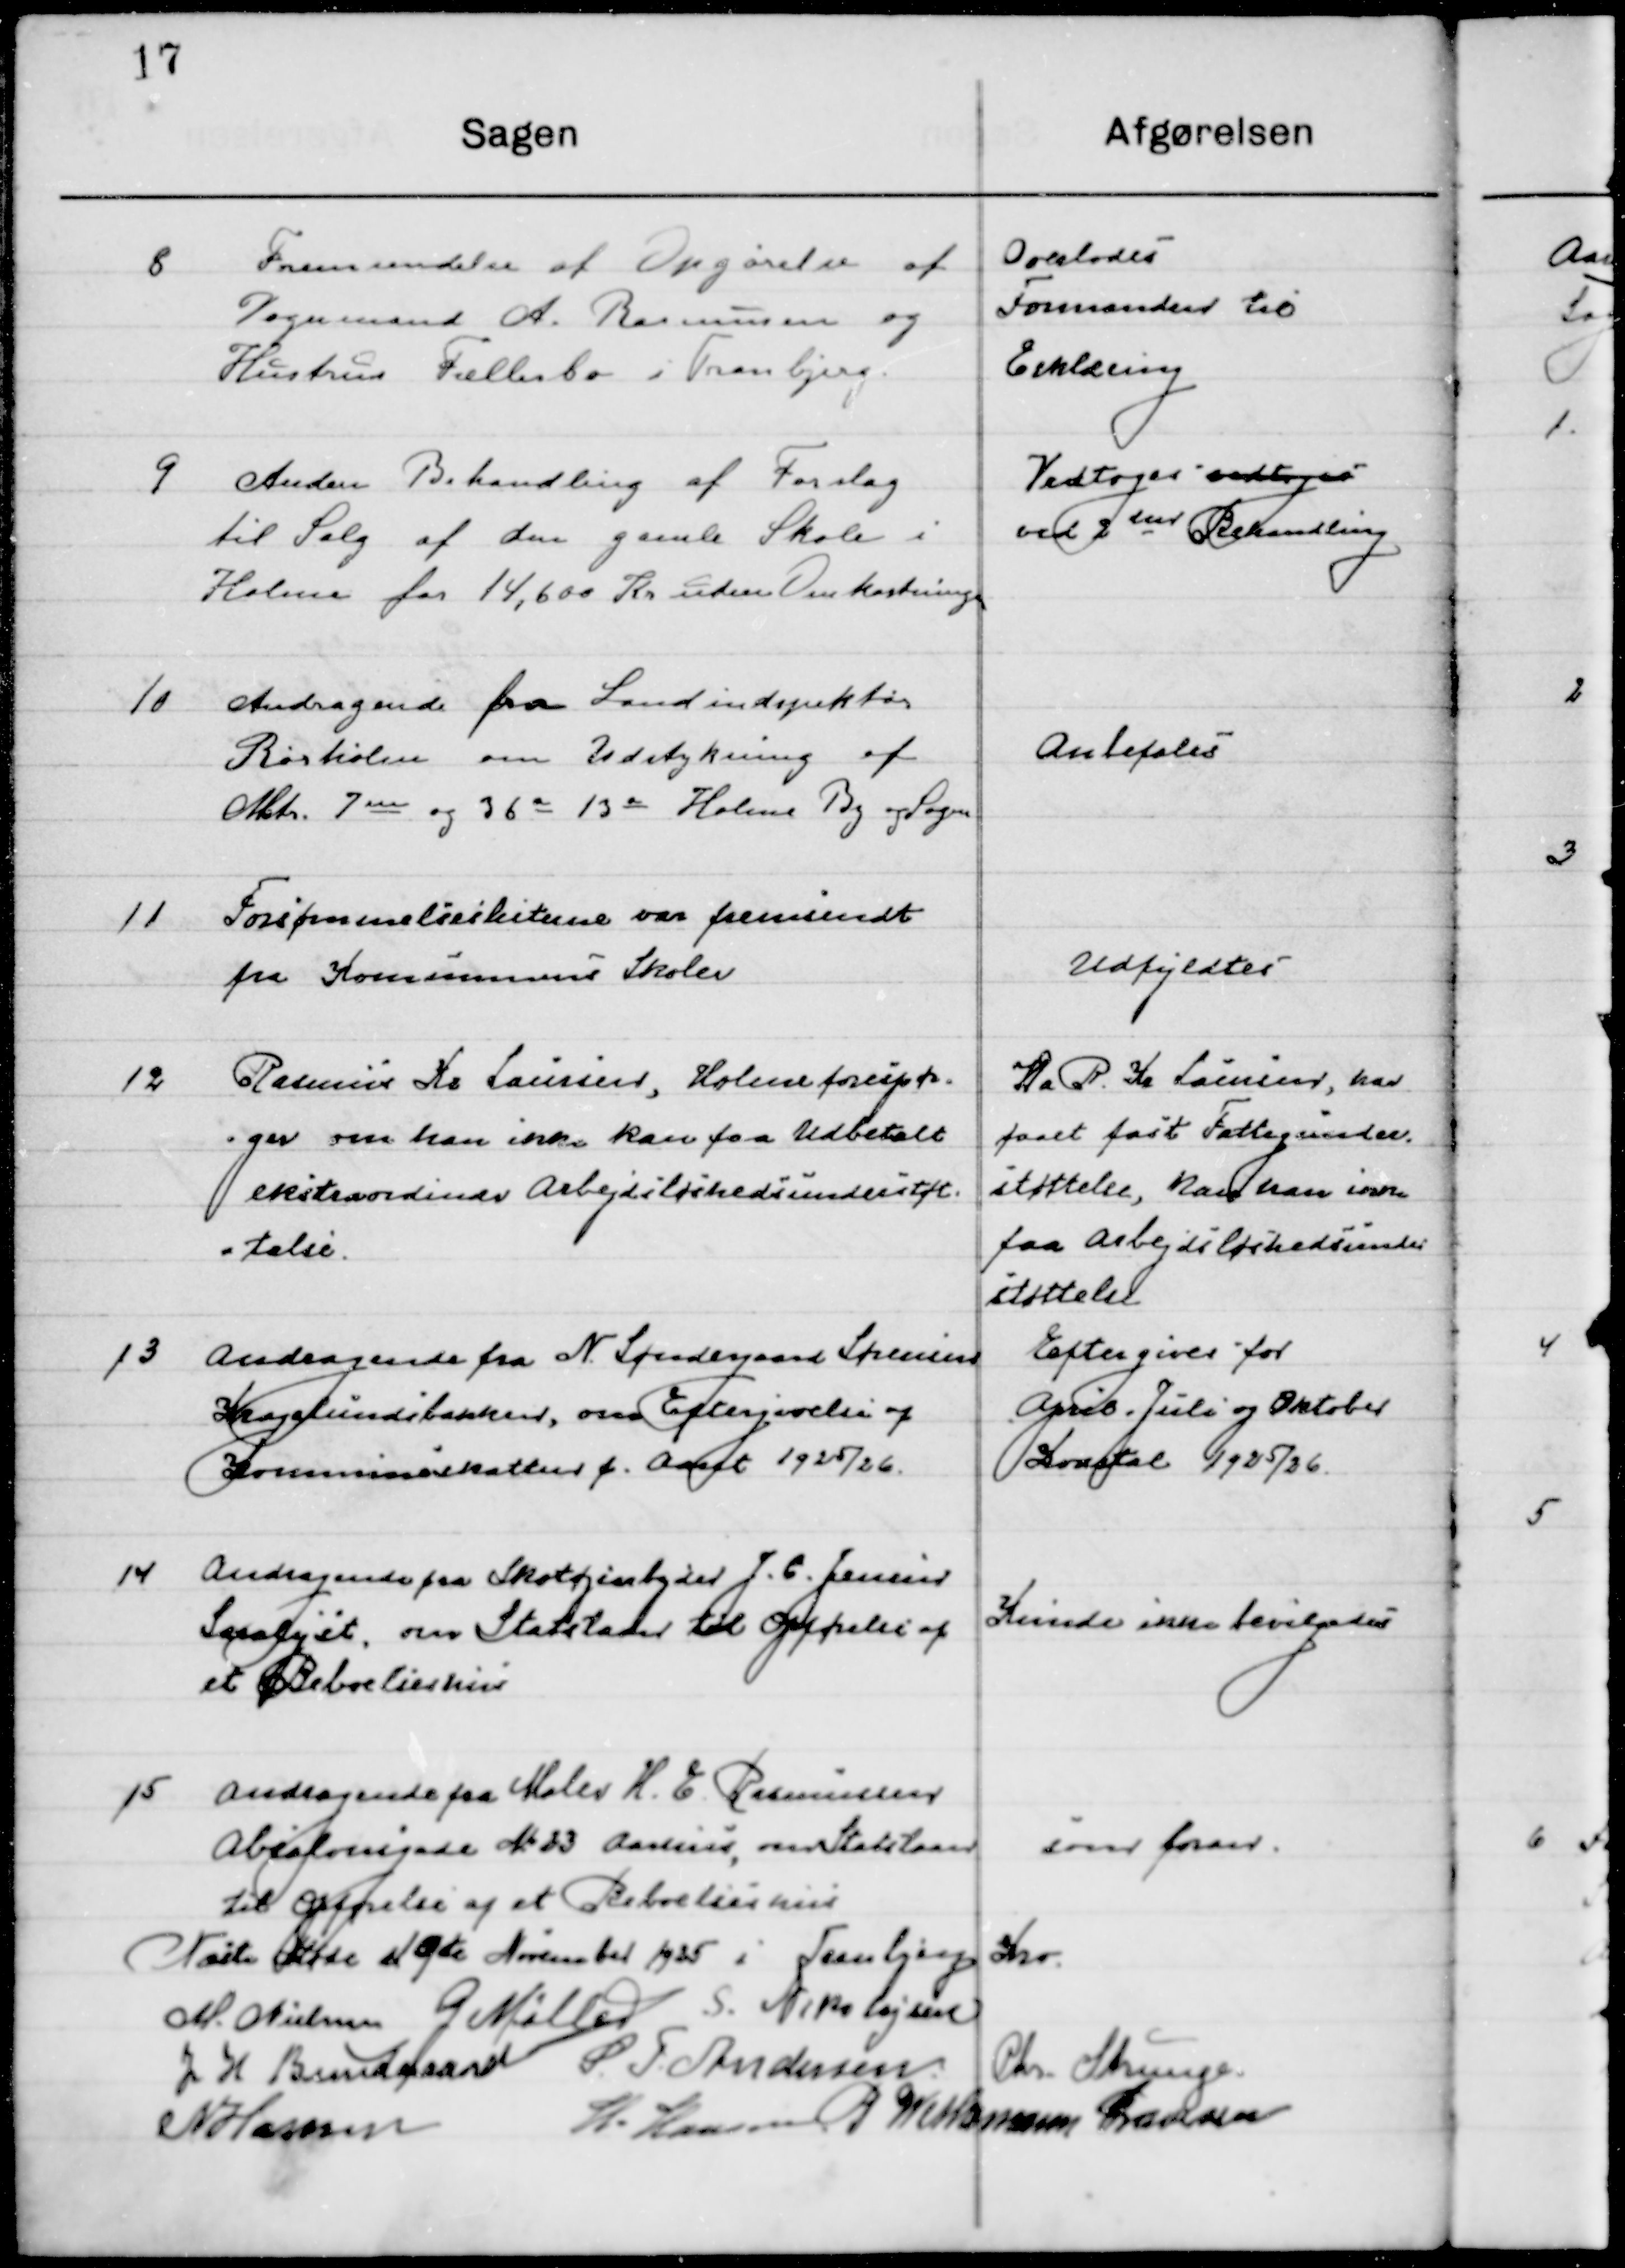
Transskription:
8

Fremsendelse af Opgørelse af
Vognmand A. Rasmussen og
Hustru Fællesbo i Tranbjerg.

Overlodes
Formanden til 
Erklæring

9

Anden Behandling af Forslag
til Salg af den gamle Skole i
Holme for 14.600 Kr. uden Omkostninger.

Vedtoges ”vedtoges”
Ved 2 den Behandling

10

Andragende fra Landinspektør
Rørholm om Udstykning af
Matr. 7 nn og 36 a 13 a Holme By og Sogn

Anbefales

11

Forsømmelseslisterne var fremsendt
fra Kommunens Skoler

Udfyldtes

12

Rasmus Kr. Laursen Holme forespør-
ger om han ikke kan faa Udbetalt
ekstraordinære Arbejdsløshedsunderstøt- 
telse

Da R. Kr. Laursen, har
faaet fast Fattigunder-
Støttelse, kan han ikke
faa Arbejdsløshedsunder-
støttelse.

13

Andragende fra N. Søndergaard Sørensen
Kragelundsbakker, om Eftergivelse af
Kommuneskatter f. Aaret 1925/26.

Eftergives for
April, Juli og Oktober
Kvartal 1925/26

14

Andragende fra Skotøjsudbyder J. C. Jensen
Saralyst, om Statslaan til opførelse af
et Beboelseshus.

Kunde ikke bevilgedes

15

Andragende fra Maler H. E. Rasmussen
Absalonsgade No. 23 Aarhus om Statslaan 
til opførelse af et Beboelseshus.

som foran

Næste Møde d. 19de November 1925 i Tranbjerg Kro

M. Nielsen
G. Møller
S. Nikolajsen
J. H. Bundgaard
S. F. Andersen
Chr. Strunge
N. Hansen
H. Hansen
P. Wethemann Graversen